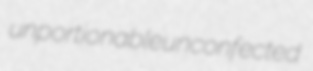
unportionable unconfected